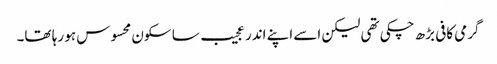
گرمی کافی بڑھ چکی تھی لیکن اسے اپنے اندر عجیب سا سکون محسوس ہو رہا تھا۔